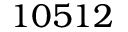
1 0 5 1 2